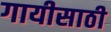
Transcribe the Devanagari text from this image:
गायीसाठी